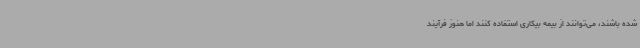
شده‌ باشند، می‌توانند از بیمه بیکاری استفاده کنند اما هنوز فرآیند